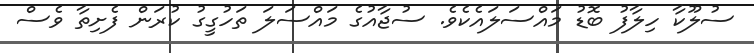
ސުލޫކާ ހިލާފު ބޮޑު މައްސަލައެކެވެ. ސުޖާއުގެ މައްސަލަ ތަހުގީގު ކުރަން ފެށިތާ ވެސް